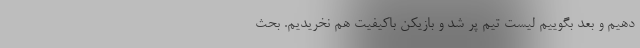
دهیم و بعد بگوییم لیست تیم پر شد و بازیکن باکیفیت هم نخریدیم. بحث